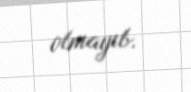
olmayıb.